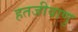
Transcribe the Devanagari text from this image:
हतजीवाणु